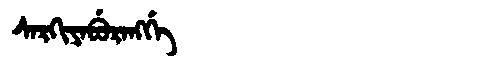
Manchu: ᠰᠠᡵᡴᡳᠶᠠᠪᡠᡵᠠᠩᡤᡝ
Romanization: SARKIYABURANGGE